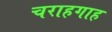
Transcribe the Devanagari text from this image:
चराहगाह